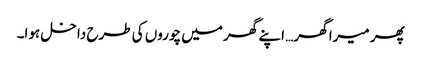
پھر میرا گھر… اپنے گھر میں چوروں کی طرح داخل ہوا۔